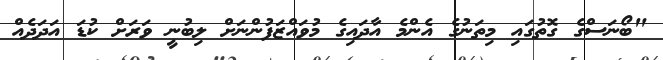
"ބޯނަސްގެ ގޮތުގައި މިތަނުގެ އެންމެ އާދައިގެ މުވައްޒަފުންނަށް ލިބުނީ ވަރަށް ކުޑަ އަދަދެއް